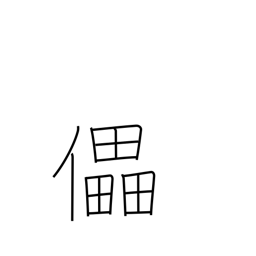
Meaning: defeat